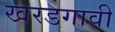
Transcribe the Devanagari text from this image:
खरडगावी